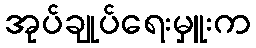
အုပ်ချုပ်ရေးမှူးက